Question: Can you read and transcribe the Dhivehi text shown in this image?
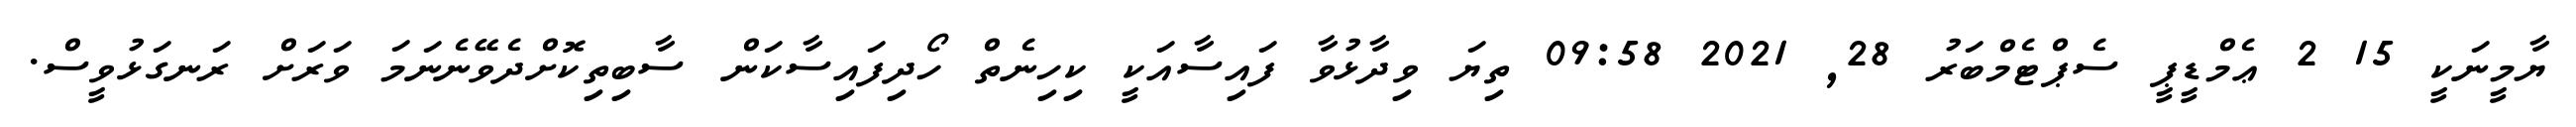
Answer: ޔާމީނަކީ 15 2 ޢެމްޑީޕީ ސެޕްޓެމްބަރު 28, 2021 09:58 ތިޔަ ވިދާޅުވާ ފައިސާއަކީ ކިހިނެތް ހޯދިފައިސާކަން ސާބިތިކޮށްދެވޭނެނަމަ ވަރަށް ރަނގަޅުވީސް.